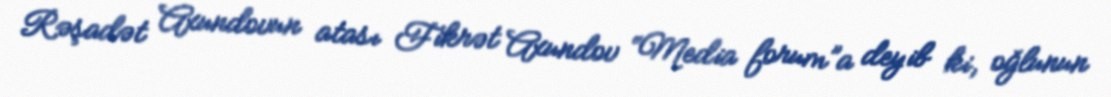
Rəşadət Axundovun atası Fikrət Axundov “Media forum”a deyib ki, oğlunun